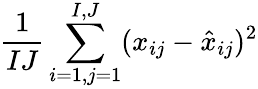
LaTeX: \frac{1}{IJ}\sum_{i=1,j=1}^{I,J}(x_{ij}-\hat{x}_{ij})^{2}